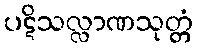
ပဋိသလ္လာဏသုတ္တံ